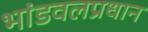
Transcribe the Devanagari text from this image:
भांडवलप्रधान